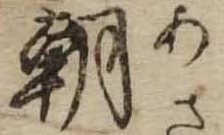
朝